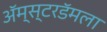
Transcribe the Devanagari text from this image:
ॲम्स्टरडॅमला